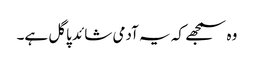
وہ سمجھے کہ یہ آدمی شائد پاگل ہے۔